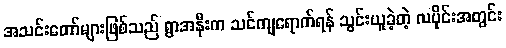
အသင်းတော်များဖြစ်သည် ရွာအနီးက သင်ကျရောက်ရန် သွင်းယူခဲ့တဲ့ လပိုင်းအတွင်း